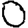
Digit: 0